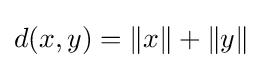
d(x,y)=\lVert x\rVert +\lVert y\rVert